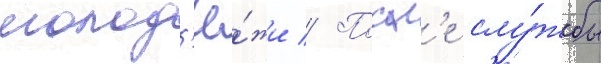
молод'ё́жи // Посл'е слу́жбы